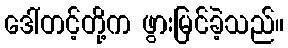
ဒေါ်တင့်တို့က ဖွားမြင်ခဲ့သည်။